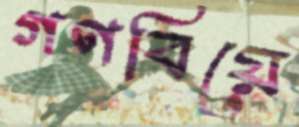
গণবিয়ে